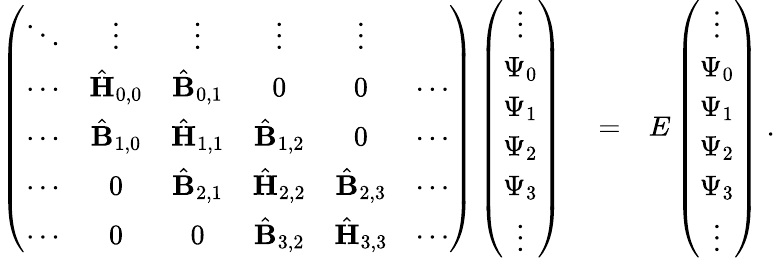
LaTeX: \begin{array}{rlr}{\left(\begin{array}{cccccc}{\ddots}&{\vdots}&{\vdots}&{\vdots}&{\vdots}&{}\\ {\cdots}&{\hat{{\mathbf{H}}}_{0,0}}&{\hat{{\mathbf{B}}}_{0,1}}&{0}&{0}&{\cdots}\\ {\cdots}&{\hat{{\mathbf{B}}}_{1,0}}&{\hat{{\mathbf{H}}}_{1,1}}&{\hat{{\mathbf{B}}}_{1,2}}&{0}&{\cdots}\\ {\cdots}&{0}&{\hat{{\mathbf{B}}}_{2,1}}&{\hat{{\mathbf{H}}}_{2,2}}&{\hat{{\mathbf{B}}}_{2,3}}&{\cdots}\\ {\cdots}&{0}&{0}&{\hat{{\mathbf{B}}}_{3,2}}&{\hat{{\mathbf{H}}}_{3,3}}&{\cdots}\end{array}\right)\left(\begin{array}{c}{\vdots}\\ {\Psi_{0}}\\ {\Psi_{1}}\\ {\Psi_{2}}\\ {\Psi_{3}}\\ {\vdots}\end{array}\right)}&{{}=}&{E\left(\begin{array}{c}{\vdots}\\ {\Psi_{0}}\\ {\Psi_{1}}\\ {\Psi_{2}}\\ {\Psi_{3}}\\ {\vdots}\end{array}\right)\; .}\end{array}